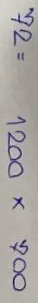
72 = 1200 x 700